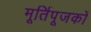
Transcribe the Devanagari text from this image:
मूर्तिपूजकों